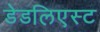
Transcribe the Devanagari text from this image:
डेडलिएस्ट